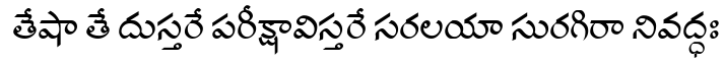
తేషా తే దుస్తరే పరీక్షావిస్తరే సరలయా సురగిరా నివద్ధః